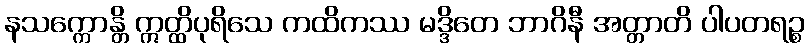
နသက္ကောန္တိ ဣတ္ထိပုရိသေ ကထိကဿ မဒ္ဒိတေ ဘာဂိနီ အတ္တာတိ ပါပတရဉ္စ